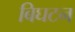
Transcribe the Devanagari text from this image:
बिघटन